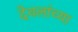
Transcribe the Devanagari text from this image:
देवलांच्या